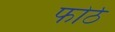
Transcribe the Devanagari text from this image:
फोर्ठ